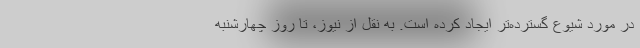
در مورد شیوع گسترده‌تر ایجاد کرده است. به نقل از نیوز، تا روز چهارشنبه